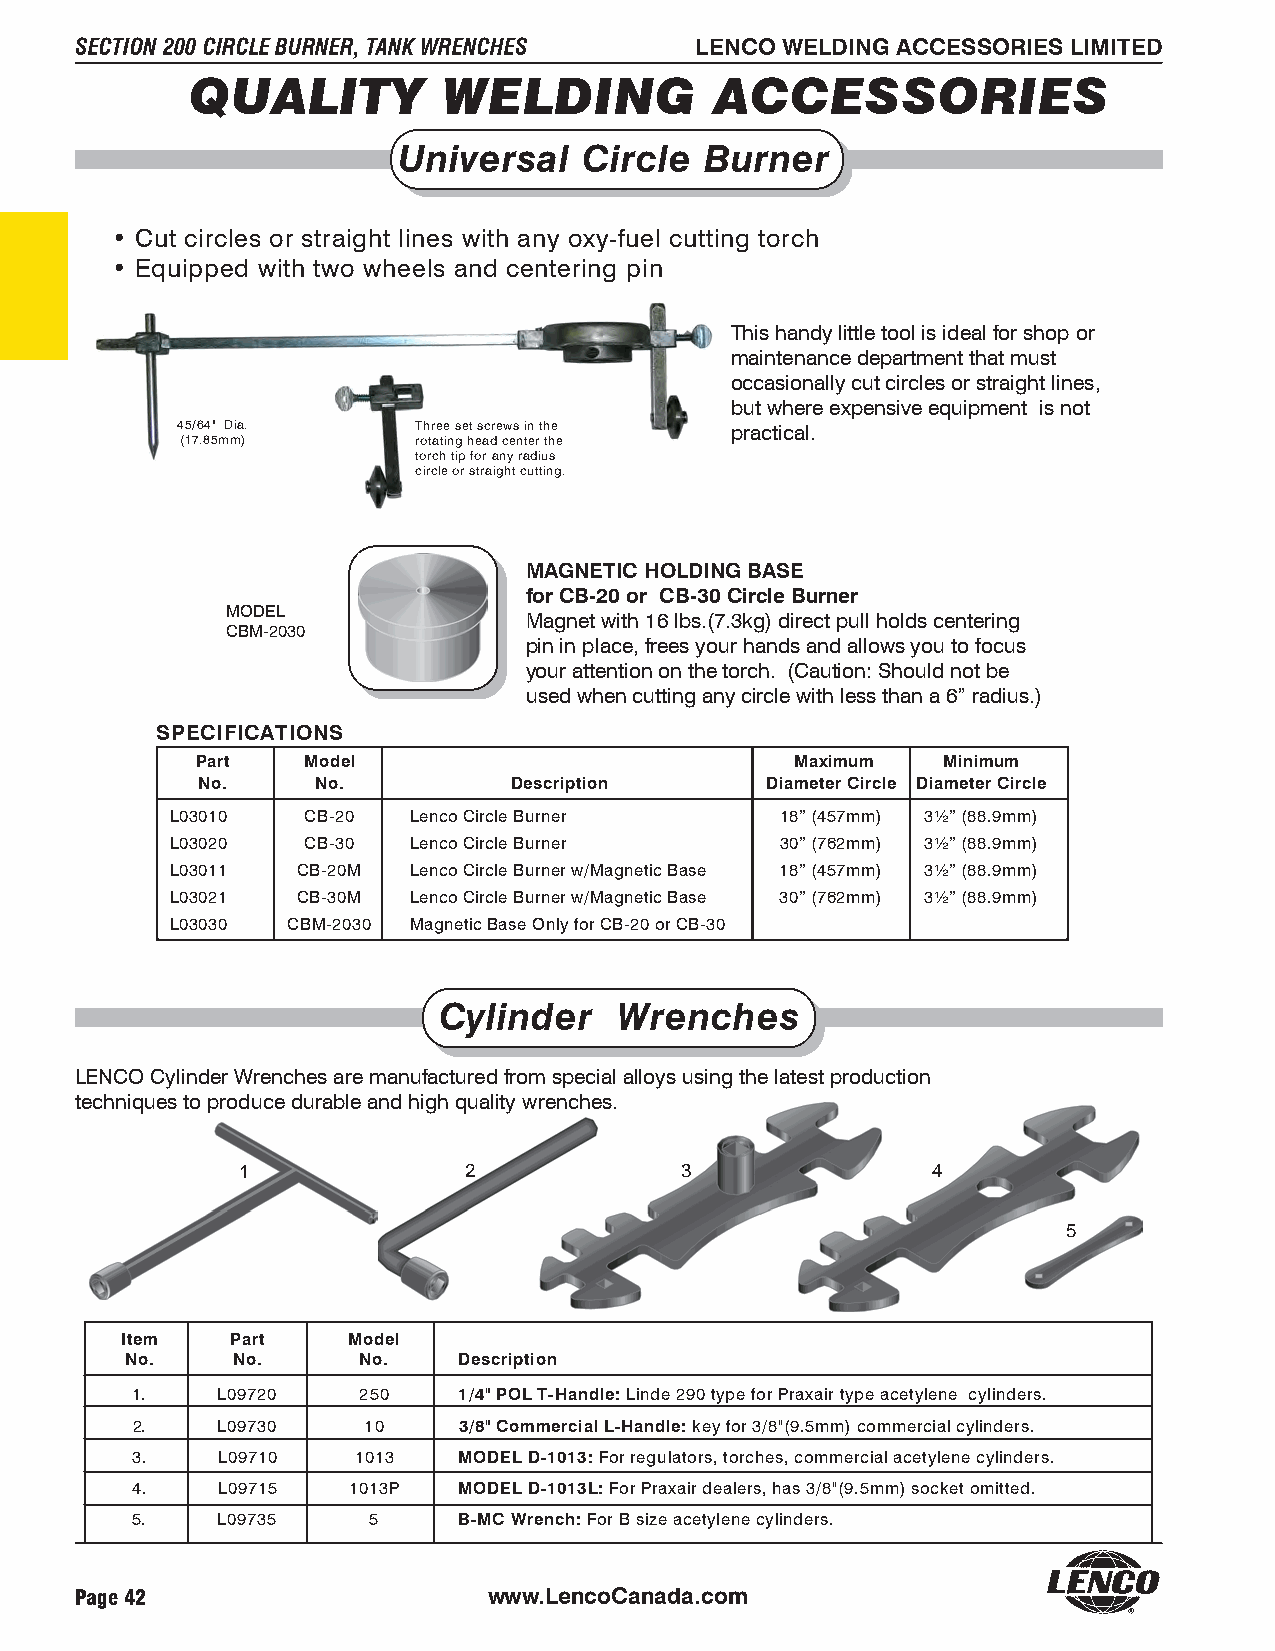
SECTION 200 CIRCLE BURNER, TANK WRENCHES LENCO WELDING ACCESSORIES LIMITED
 QUALITY          WELDING           ACCESSORIES
 Universal    Circle  Burner
 • Cut circles or straight lines with any oxy-fuel cutting torch
 • Equipped with two wheels and centering pin
 This handy little tool is ideal for shop or
 maintenance department that must
 occasionally cut circles or straight lines,
 but where expensive equipment is not
 45/64" Dia.     Three set screws in the practical.
 (17.85mm)       rotating head center the
 torch tip for any radius
 circle or straight cutting.
 MAGNETIC HOLDING BASE
 for CB-20 or CB-30 Circle Burner
 MODEL
 Magnet with 16 lbs.(7.3kg) direct pull holds centering
 CBM-2030
 pin in place, frees your hands and allows you to focus
 your attention on the torch. (Caution: Should not be
 used when cutting any circle with less than a 6” radius.)
 SPECIFICATIONS
 Part   Model                            Maximum  Minimum
 No.     No.          Description      Diameter Circle Diameter Circle
 L03010   CB-20  Lenco Circle Burner      18” (457mm) 3½” (88.9mm)
 L03020   CB-30  Lenco Circle Burner      30” (762mm) 3½” (88.9mm)
 L03011   CB-20M Lenco Circle Burner w/Magnetic Base 18” (457mm) 3½” (88.9mm)
 L03021   CB-30M Lenco Circle Burner w/Magnetic Base 30” (762mm) 3½” (88.9mm)
 L03030  CBM-2030 Magnetic Base Only for CB-20 or CB-30
 Cylinder    Wrenches
 LENCO Cylinder Wrenches are manufactured from special alloys using the latest production
 techniques to produce durable and high quality wrenches.
 1              2             3                4
 5
 Item   Part    Model
 No.    No.      No.   Description
 1.   L09720    250   1/4" POL T-Handle: Linde 290 type for Praxair type acetylene cylinders.
 2.   L09730    10    3/8" Commercial L-Handle: key for 3/8"(9.5mm) commercial cylinders.
 3.   L09710   1013   MODEL D-1013: For regulators, torches, commercial acetylene cylinders.
 4.   L09715   1013P  MODEL D-1013L: For Praxair dealers, has 3/8"(9.5mm) socket omitted.
 5.   L09735    5     B-MC Wrench: For B size acetylene cylinders.
 Page 42                    www.LencoCanada.com